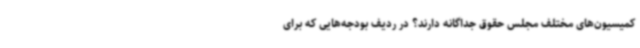
کمیسیون‌های مختلف مجلس حقوق جداگانه دارند؟ در ردیف بودجه‌هایی که برای